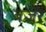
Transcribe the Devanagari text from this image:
बर्जेर